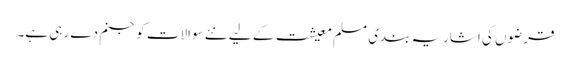
قرضوں کی اشاریہ بندی مسلم معیشت کے لیے نئے سوالات کو جنم دے رہی ہے۔